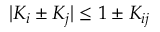
| K _ { i } \pm K _ { j } | \le 1 \pm K _ { i j }